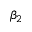
\beta _ { 2 }